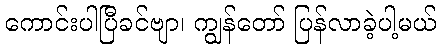
ကောင်းပါပြီခင်ဗျာ၊ ကျွန်တော် ပြန်လာခဲ့ပါ့မယ်